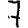
Digit: 7